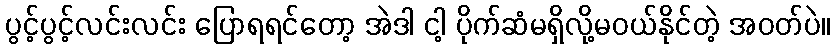
ပွင့်ပွင့်လင်းလင်း ပြောရရင်တော့ အဲဒါ ငါ့ ပိုက်ဆံမရှိလို့မဝယ်နိုင်တဲ့ အဝတ်ပဲ။